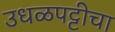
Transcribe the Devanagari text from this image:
उधळपट्टीचा